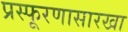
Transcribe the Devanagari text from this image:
प्रस्फूरणासारखा